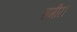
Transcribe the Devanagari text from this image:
समीर।